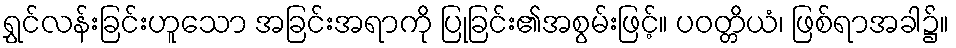
ရွှင်လန်းခြင်းဟူသော အခြင်းအရာကို ပြုခြင်း၏အစွမ်းဖြင့်။ ပဝတ္တိယံ၊ ဖြစ်ရာအခါ၌။